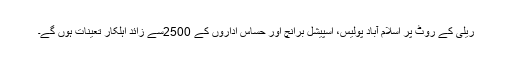
ریلی کے روٹ پر اسلام آباد پولیس، اسپیشل برانچ اور حساس اداروں کے 2500سے زائد اہلکار تعینات ہوں گے۔